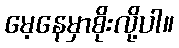
မေ့နေမှာစိုးလို့ပါ။